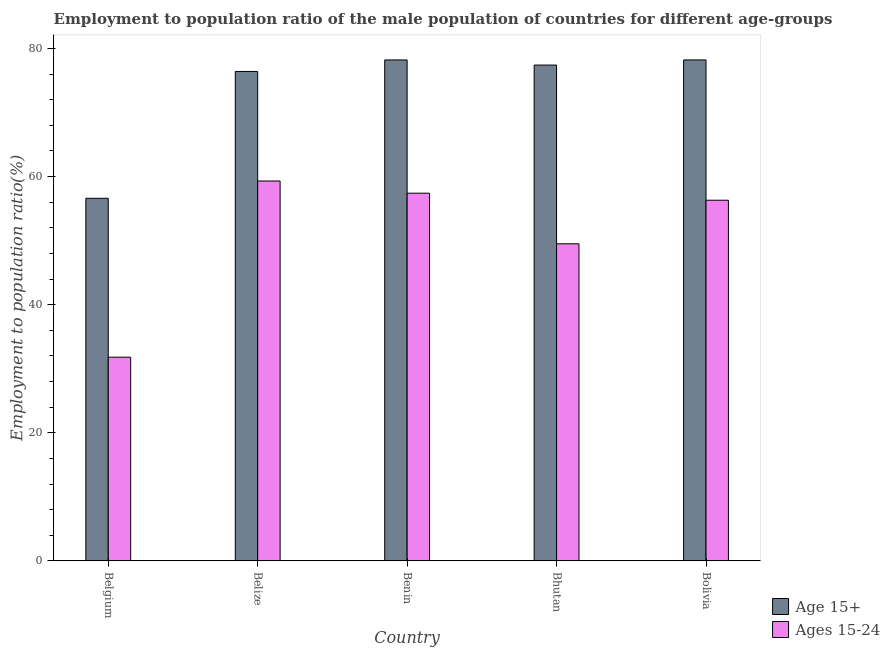
| Country | Age 15+ | Ages 15-24 |
 | --- | --- | --- |
 | Belgium | 56.6 | 31.8 |
 | Belize | 76.4 | 59.3 |
 | Benin | 78.2 | 57.4 |
 | Bhutan | 77.4 | 49.5 |
 | Bolivia | 78.2 | 56.3 |